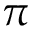
\pi